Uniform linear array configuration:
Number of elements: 24
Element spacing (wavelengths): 1
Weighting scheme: hamming
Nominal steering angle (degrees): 45
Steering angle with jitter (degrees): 43.483
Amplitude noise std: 0.05
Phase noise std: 0.05

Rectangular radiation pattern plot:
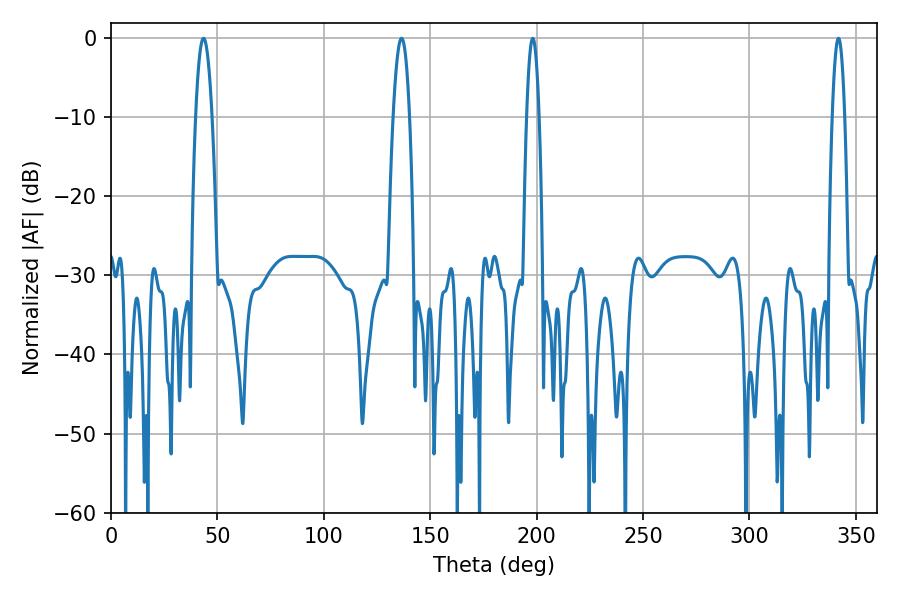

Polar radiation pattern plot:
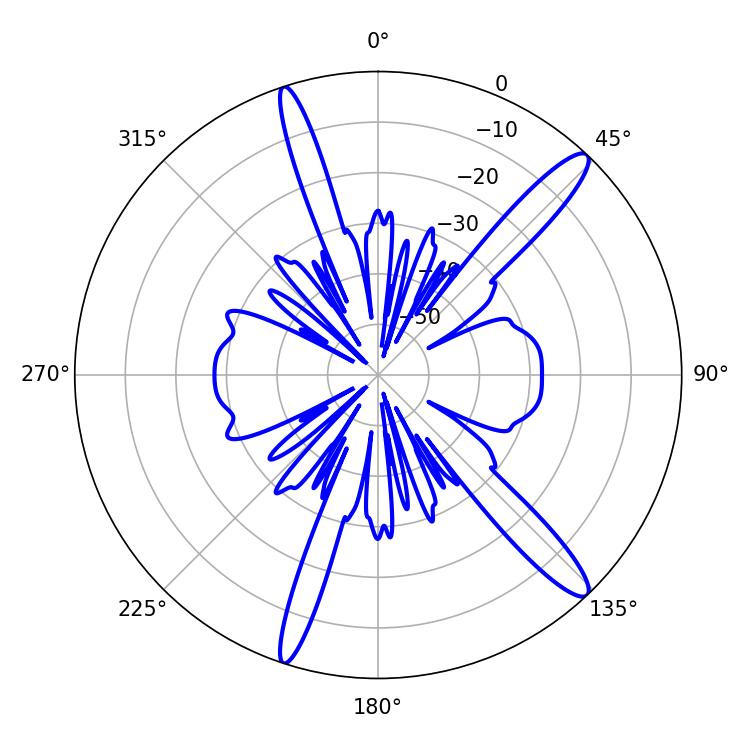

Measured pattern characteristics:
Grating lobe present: TRUE
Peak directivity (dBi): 14.416
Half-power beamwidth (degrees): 3.24
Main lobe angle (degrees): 198.18